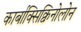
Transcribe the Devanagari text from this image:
कार्बाक्सिक्विनोलोन